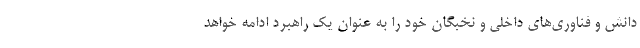
دانش و فناوری‌های داخلی و نخبگان خود را به عنوان یک راهبرد ادامه خواهد